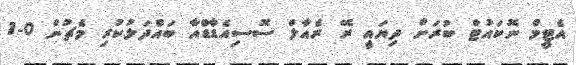
އެޓީމް ނޮކައުޓް ބުރަށް ދިޔައީ ރޭ ރެއާލް ސޮސިއެޑާޑްއާ ބައްދަލުކުރި މެޗުން 0-1